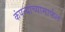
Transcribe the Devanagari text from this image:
कंपन्यांच्यामार्फत